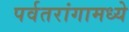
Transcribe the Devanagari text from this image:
पर्वतरांगामध्ये